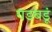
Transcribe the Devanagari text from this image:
गडबडूं